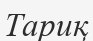
Тариқ